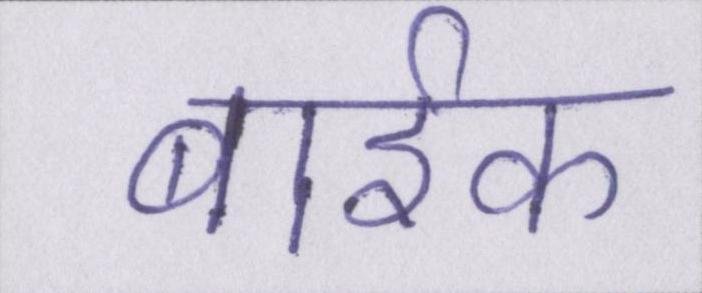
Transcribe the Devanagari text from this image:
बार्इक